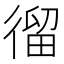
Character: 𢕍